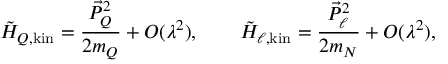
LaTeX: \tilde { \cal H } _ { Q , \mathrm { k i n } } = { \frac { \vec { P } _ { Q } ^ { 2 } } { 2 m _ { Q } } } + { \cal O } ( \lambda ^ { 2 } ) , \qquad \tilde { \cal H } _ { \ell , \mathrm { k i n } } = { \frac { \vec { P } _ { \ell } ^ { 2 } } { 2 m _ { N } } } + { \cal O } ( \lambda ^ { 2 } ) ,